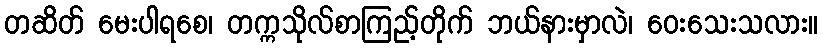
တဆိတ် မေးပါရစေ၊ တက္ကသိုလ်စာကြည့်တိုက် ဘယ်နားမှာလဲ၊ ဝေးသေးသလား။